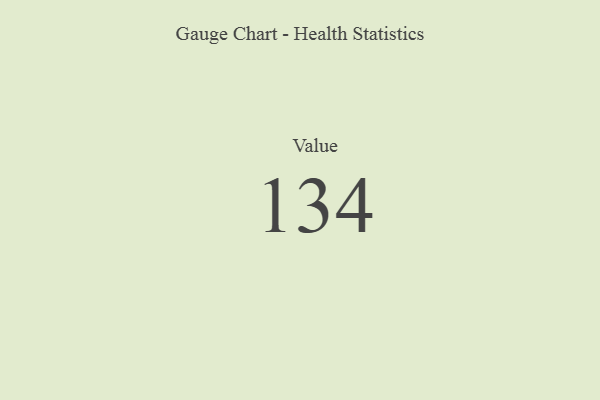
{"axis": {"x": "Metric", "y": "Value"}, "legend": [""], "data": [{"x": "Value", "y": 134, "type": ""}]}